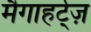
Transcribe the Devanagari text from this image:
मैगाहर्ट्ज़